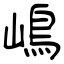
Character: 嶋